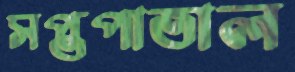
সপ্তপাতাল